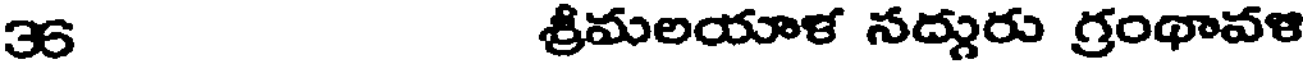
36 శ్రీమలయాళ నద్గురు గ్రంథావళి